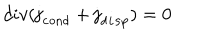
d i v ( { \bf j } _ { \tt c o n d } + { \bf j } _ { \tt d i s p } ) = 0